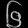
Digit: ၆